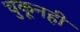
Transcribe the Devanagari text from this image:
चुकूनही